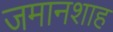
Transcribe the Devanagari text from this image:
जमानशाह